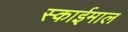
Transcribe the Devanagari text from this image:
स्काईमाल